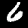
Label: 6